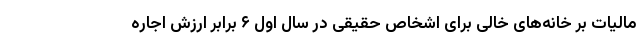
مالیات بر خانه‌های خالی برای اشخاص حقیقی در سال اول ۶ برابر ارزش اجاره